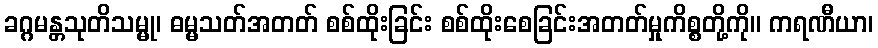
ခဂ္ဂမန္တသုတိသမ္မု၊ ဓမ္မသတ်အတတ် စစ်ထိုးခြင်း စစ်ထိုးစေခြင်းအတတ်မှုကိစ္စတို့ကို။ ကရဏီယာ၊